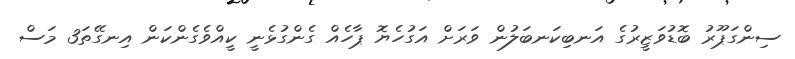
ސިންގަޕޫރު ބޮޑުވަޒީރުގެ އަނބިކަނބަލުން ވަރަށް އަގުހެޔޮ ޕާހެއް ގެންގުޅެނީ ކީއްވެގެންކަން އިނގޭތަ3 މަސް